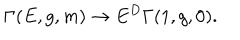
\Gamma ( E , g , m ) \rightarrow E ^ { D } \Gamma ( 1 , g , 0 ) .